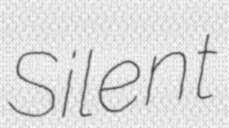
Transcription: Silent